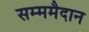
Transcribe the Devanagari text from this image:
सम्ममैदान